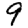
Digit: 9